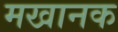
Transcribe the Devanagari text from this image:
मखानक